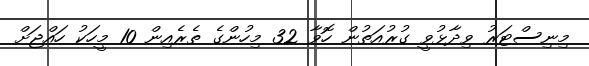
މިނިސްޓަރު ވިދާޅުވީ ގުރުއަތުން ހޮވާ 32 މިހުންގެ ތެރެއިން 10 މީހަކު ހައްޖަށް